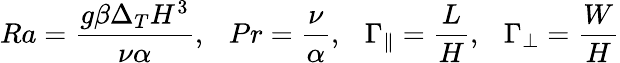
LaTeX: Ra=\frac{g\beta\Delta_{T}H^{3}}{\nu\alpha},\ \ \ Pr=\frac{\nu}{\alpha},\ \ \ \Gamma_{\parallel}=\frac{L}{H},\ \ \ \Gamma_{\perp}=\frac{W}{H}